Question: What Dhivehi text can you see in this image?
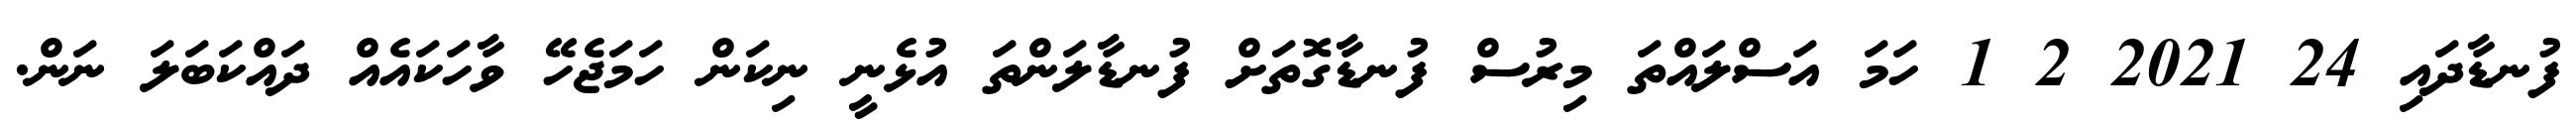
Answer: ފުނޑާދައި 24 2021 2 1 ހަމަ އަސްލައްތަ މިރުސް ފުނޑާގޮތަށް ފުނޑާލަންތަ އުޅެނީ ނިކަން ހަމަޖެހޭ ވާހަކައެއް ދައްކަބަލަ ނަން.